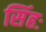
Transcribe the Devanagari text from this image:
सिंहः